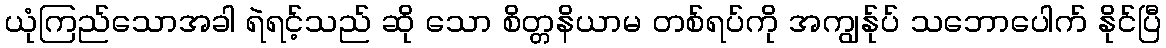
ယုံကြည်သောအခါ ရဲရင့်သည် ဆို သော စိတ္တနိယာမ တစ်ရပ်ကို အကျွန်ုပ် သဘောပေါက် နိုင်ပြီ